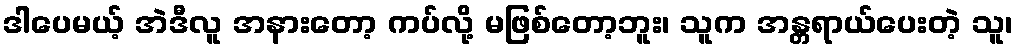
ဒါပေမယ့် အဲဒီလူ အနားတော့ ကပ်လို့ မဖြစ်တော့ဘူး၊ သူက အန္တရာယ်ပေးတဲ့ သူ၊